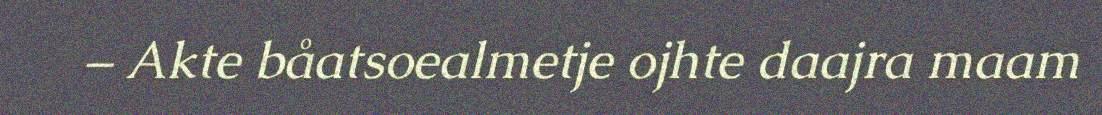
– Akte båatsoealmetje ojhte daajra maam